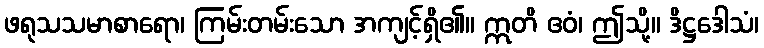
ဖရုသသမာစာရော၊ ကြမ်းတမ်းသော အကျင့်ရှိ၏။ ဣတိ ဧဝံ၊ ဤသို့။ ဒိဋ္ဌဒေါသံ၊